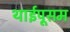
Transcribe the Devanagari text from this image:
थाईपूसम